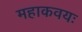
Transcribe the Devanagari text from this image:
महाकवयः